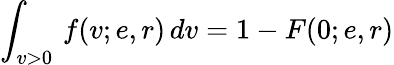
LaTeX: \int_{v>0}\, f(v;e,r)\, dv=1-F(0;e,r)